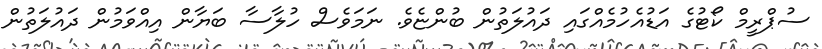
ސުޕްރީމް ކޯޓުގެ އަޑުއެހުމެއްގައި ދައުލަތުން ބުންޏެވެ. ނަމަވެސް ހުލާސާ ބަޔާން އިއްވަމުން ދައުލަތުން